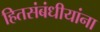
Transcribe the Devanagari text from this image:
हितसंबंधीयांना